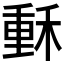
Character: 𥠭